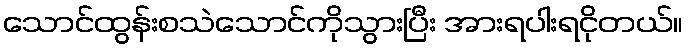
သောင်ထွန်းစသဲသောင်ကိုသွားပြီး အားရပါးရငိုတယ်။